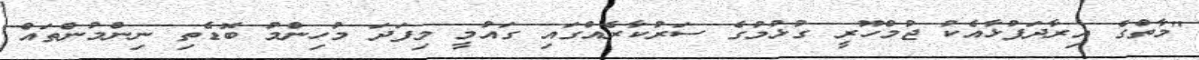
"މާތްގެ އިރާދަފުޅާއެކު ޖުމްހޫރީ ގުޅުމުގެ ސަރުކާރެއްގައި ގައުމީ މިފަދަ މުހިންމު ބޮޑެތި ނިންމުންތައް